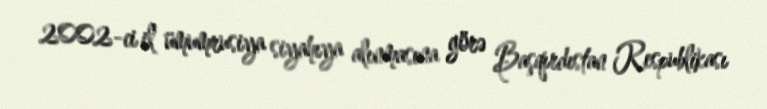
2002-ci il ümumrusiya siyahıya alınmasına görə Başqırdıstan Respublikası